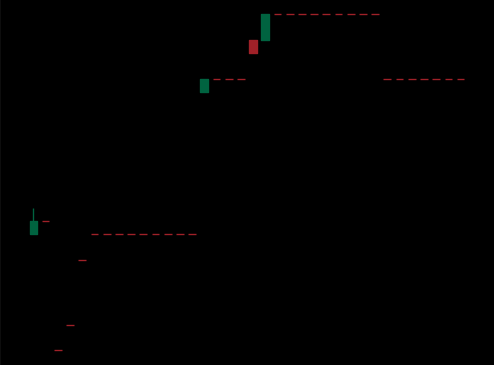
Pattern: bear_flag